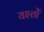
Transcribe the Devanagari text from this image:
यश्तों